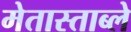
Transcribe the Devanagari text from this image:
मेतास्ताब्ले